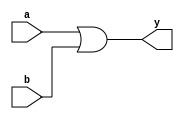
//OR Gate
//Behavioural modelling

module OR_Behavioural(a,b,y);
input a,b;
output y;
reg y;

always @(a,b)
y = a | b;
endmodule